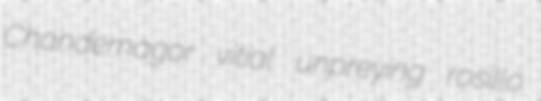
Chandernagor vitial unpreying rosillo